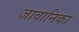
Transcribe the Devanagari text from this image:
जावानिका